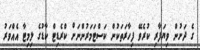
ގެ ދަށުން ވިޔަފާރި ކުރެވޭ ފިހާރަތަކުން ކަސްޓަމަރުންނަށް ކްރެޑިޓް ކާޑުގެ ލިމިޓާ އެއްވަރު